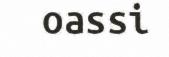
oassi